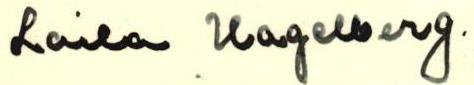
Laila Hagelberg.